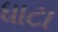
ધાટા